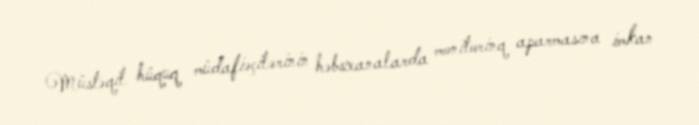
Müstəqil hüquq müdafiəçilərinin həbsxanalarda monitorinq aparmasına imkan